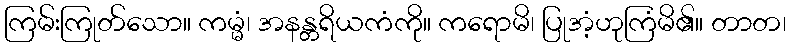
ကြမ်းကြုတ်သော။ ကမ္မံ၊ အနန္တရိယကံကို။ ကရောမိ၊ ပြုအံ့ဟုကြံမိ၏။ တာတ၊